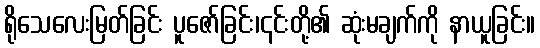
ရိုသေလေးမြတ်ခြင်း ပူဇော်ခြင်း၊၎င်းတို့၏ ဆုံးမချက်ကို နာယူခြင်း။